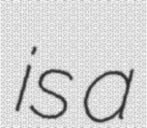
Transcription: is a